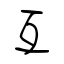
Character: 互